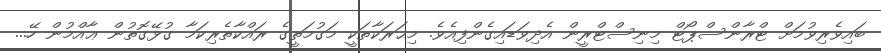
ބައިވެރިވުމަށް ޓްރާންސްޕޯޓް މިނިސްޓްރީން އެދިވަޑައިގެންފިއެވެ. މިޙަރަކާތަކީ މަގުމަތީގެ ރައްކާތެރިކަމާ ގުޅޭގޮތުން ޢާއްމުން ހޭ...